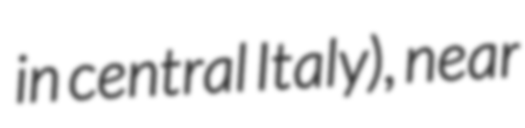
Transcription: in central Italy), near